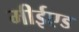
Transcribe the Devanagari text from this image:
मीईएड